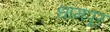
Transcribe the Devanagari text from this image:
धामपूर